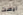
ليست